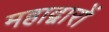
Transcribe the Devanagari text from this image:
महाद्वारों